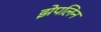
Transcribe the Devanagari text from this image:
झेपलिन